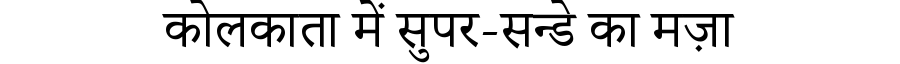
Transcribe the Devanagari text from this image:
कोलकाता में सुपर-सन्डे का मज़ा